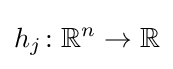
h_{j}\colon \mathbb {R} ^{n}\rightarrow \mathbb {R}